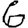
Digit: 6